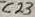
Text: C23